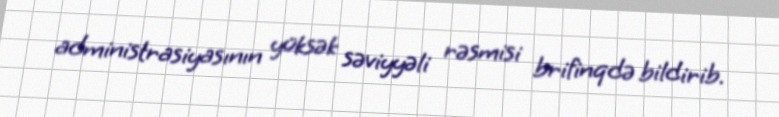
administrasiyasının yüksək səviyyəli rəsmisi brifinqdə bildirib.